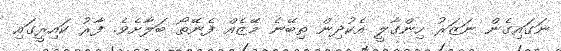
ނަގައިގެން ނަޒަރު ހިންގާލީ އެކުދިން ތިބޭނެ މޭޒެއް ފެނޭތޯ ބަލާށެވެ. ފާރު ކައިރީގައި